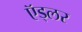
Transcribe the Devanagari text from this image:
ऍड्लर